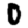
Digit: 0